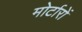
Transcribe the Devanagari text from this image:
मोर्टारों